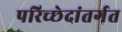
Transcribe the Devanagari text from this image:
परिच्छेदांतर्गत